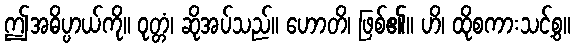
ဤအဓိပ္ပာယ်ကို။ ဝုတ္တံ၊ ဆိုအပ်သည်။ ဟောတိ၊ ဖြစ်၏။ ဟိ၊ ထိုစကားသင့်စွ။